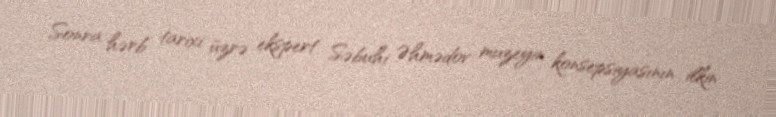
Sonra hərb tarixi üzrə ekspert Səbuhi Əhmədov muzeyin konsepsiyasının ilkin